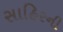
સાહિરની